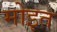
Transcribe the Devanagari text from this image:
मोइत